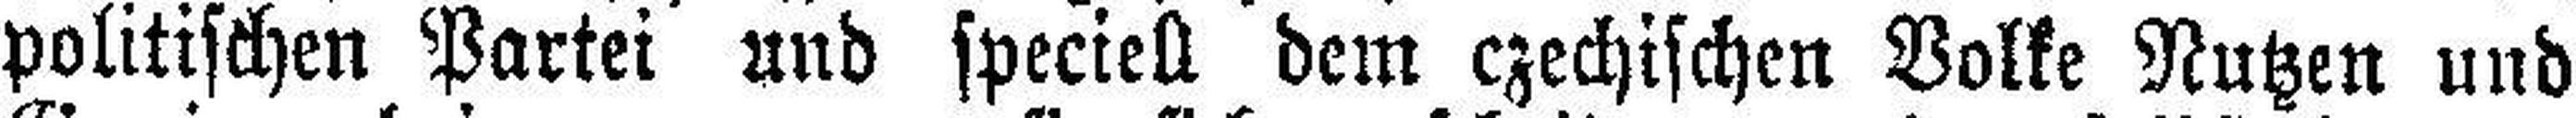
politischen Partei und speciell dem czechischen Volke Nutzen und